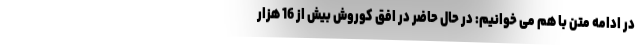
در ادامه متن با هم می خوانیم: در حال حاضر در افق کوروش بیش از 16 هزار